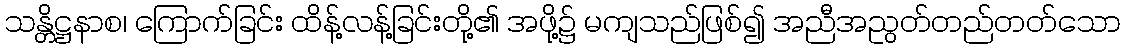
သန္တိဋ္ဌနာစ၊ ကြောက်ခြင်း ထိန့်လန့်ခြင်းတို့၏ အဖို့၌ မကျသည်ဖြစ်၍ အညီအညွတ်တည်တတ်သော